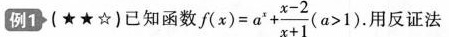
例1(★★☆)已知函数 $$ f (x)=a ^ {x}+ \frac {x-2} {x+1} (a >1) $$ .用反证法